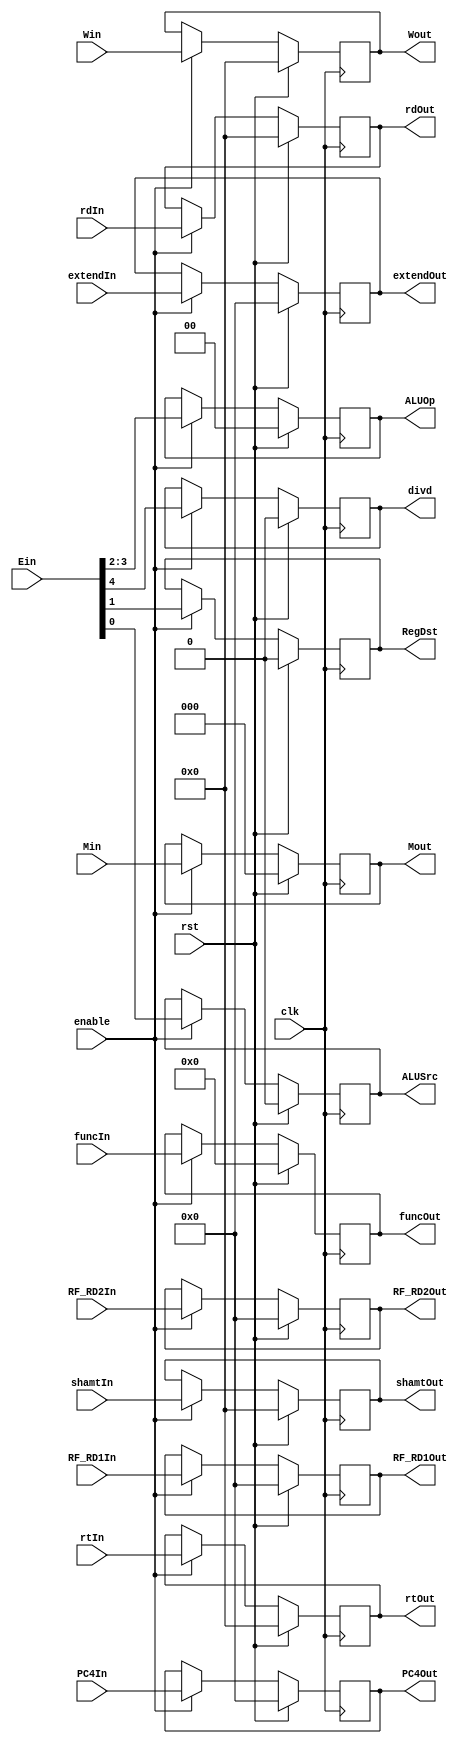
`timescale 1ns/1ns

module ID_EX_Reg ( clk, rst, enable, Win, Wout, Min, Mout, Ein,
				   ALUSrc, RegDst, divd, ALUOp, PC4In, PC4Out, 
				   RF_RD1In, RF_RD1Out, RF_RD2In, RF_RD2Out, 
				   extendIn, extendOut, rtIn, rtOut, rdIn, rdOut,
				   shamtIn, shamtOut, funcIn, funcOut ) ;

	input clk, rst, enable ;
	input [4:0] Win ;
	input [2:0] Min ;
	input [4:0] Ein ;
	input [31:0] PC4In, RF_RD1In, RF_RD2In ;
	input [31:0] extendIn ;
	input [4:0] rtIn, rdIn, shamtIn ;
	input [5:0] funcIn ;

	output ALUSrc, RegDst, divd ;
	output [1:0] ALUOp ;
	output [4:0] Wout ;
	output [2:0] Mout ;
	output [31:0] PC4Out, RF_RD1Out, RF_RD2Out ;
	output [31:0] extendOut ;
	output [4:0] rtOut, rdOut, shamtOut ;
	output [5:0] funcOut ;
	
	reg T_ALUSrc, T_RegDst, T_divdTemp ;
	reg [1:0] T_ALUOp ;
	reg [4:0] T_Wout ;
	reg [2:0] T_Mout ;
	reg [31:0] T_PC4Out, T_RF_RD1Out, T_RF_RD2Out ;
	reg [31:0] T_extendOut ;
	reg [4:0] T_rtOut, T_rdOut, T_shamtOut ;
	reg [5:0] T_funcOut ;

	always @( posedge clk ) begin

		if ( rst ) begin

			T_ALUSrc <= 1'b0 ;
			T_RegDst <= 1'b0 ;
			T_divdTemp <= 1'b0 ;
			T_Wout <= 5'b0 ;
			T_ALUOp <= 2'b0 ;
			T_Mout <= 3'b0 ;
			T_PC4Out <= 1'b0 ;
			T_RF_RD1Out <= 32'b0 ;
			T_RF_RD2Out <= 32'b0 ;
			T_extendOut <= 32'b0 ;
			T_rtOut <= 5'b0 ;
			T_rdOut <= 5'b0 ;
			T_shamtOut <= 5'b0 ;
			T_funcOut <= 6'b0 ;

		end

		else if ( enable ) begin

			T_ALUSrc <= Ein[0] ;
			T_RegDst <= Ein[1] ;
			T_ALUOp <= Ein[3:2] ;
			T_divdTemp <= Ein[4] ;
			T_Wout <= Win ;
			T_Mout <= Min ;
			T_PC4Out <= PC4In ;
			T_RF_RD1Out <= RF_RD1In ;
			T_RF_RD2Out <= RF_RD2In ;
			T_extendOut <= extendIn ;
			T_rtOut <= rtIn ;
			T_rdOut <= rdIn ;
			T_shamtOut <= shamtIn ;
			T_funcOut <= funcIn ;

		end

	end

	assign ALUSrc = T_ALUSrc ;
	assign RegDst = T_RegDst ;
	assign ALUOp = T_ALUOp ;
	assign divdTemp = T_divdTemp ;
	assign Wout = T_Wout ;
	assign Mout = T_Mout ;
	assign PC4Out = T_PC4Out ;
	assign RF_RD1Out = T_RF_RD1Out ;
	assign RF_RD2Out = T_RF_RD2Out ;
	assign extendOut = T_extendOut ;
	assign rtOut = T_rtOut ;
	assign rdOut = T_rdOut ;
	assign shamtOut = T_shamtOut ;
	assign funcOut = T_funcOut ;
	assign divd = divdTemp ;

endmodule